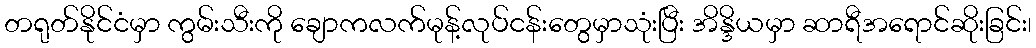
တရုတ်နိုင်ငံမှာ ကွမ်းသီးကို ချောကလက်မုန့်လုပ်ငန်းတွေမှာသုံးပြီး အိန္ဒိယမှာ ဆာရီအရောင်ဆိုးခြင်း၊